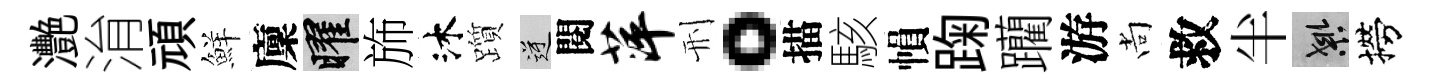
灧㳙頑鮮廩曜斾沐躓逆閱萍刑。描駭𢄙踘躪游尚救半良撈